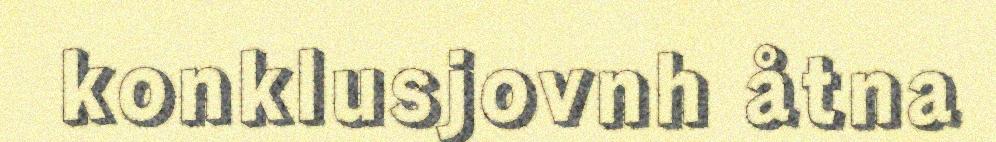
konklusjovnh åtna